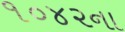
૧૦૪૨ના